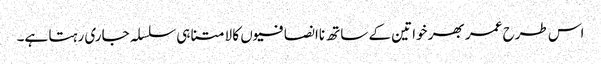
اس طرح عمر بھر خواتین کے ساتھ ناانصافیوں کا لامتناہی سلسلہ جاری رہتا ہے۔